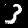
Digit: 3